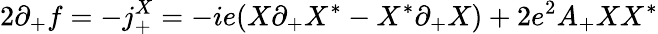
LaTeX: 2\partial_{+}f=-j_{+}^{X}=-ie(X\partial_{+}X^{*}-X^{*}\partial_{+}X)+2e^{2}A_{+}XX^{*}